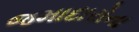
જમાદારોના